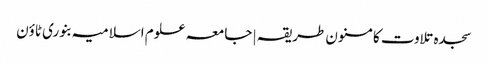
سجدہ تلاوت کا مسنون طریقہ | جامعہ علوم اسلامیہ بنوری ٹاؤن